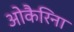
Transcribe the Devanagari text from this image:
ओकैरिना